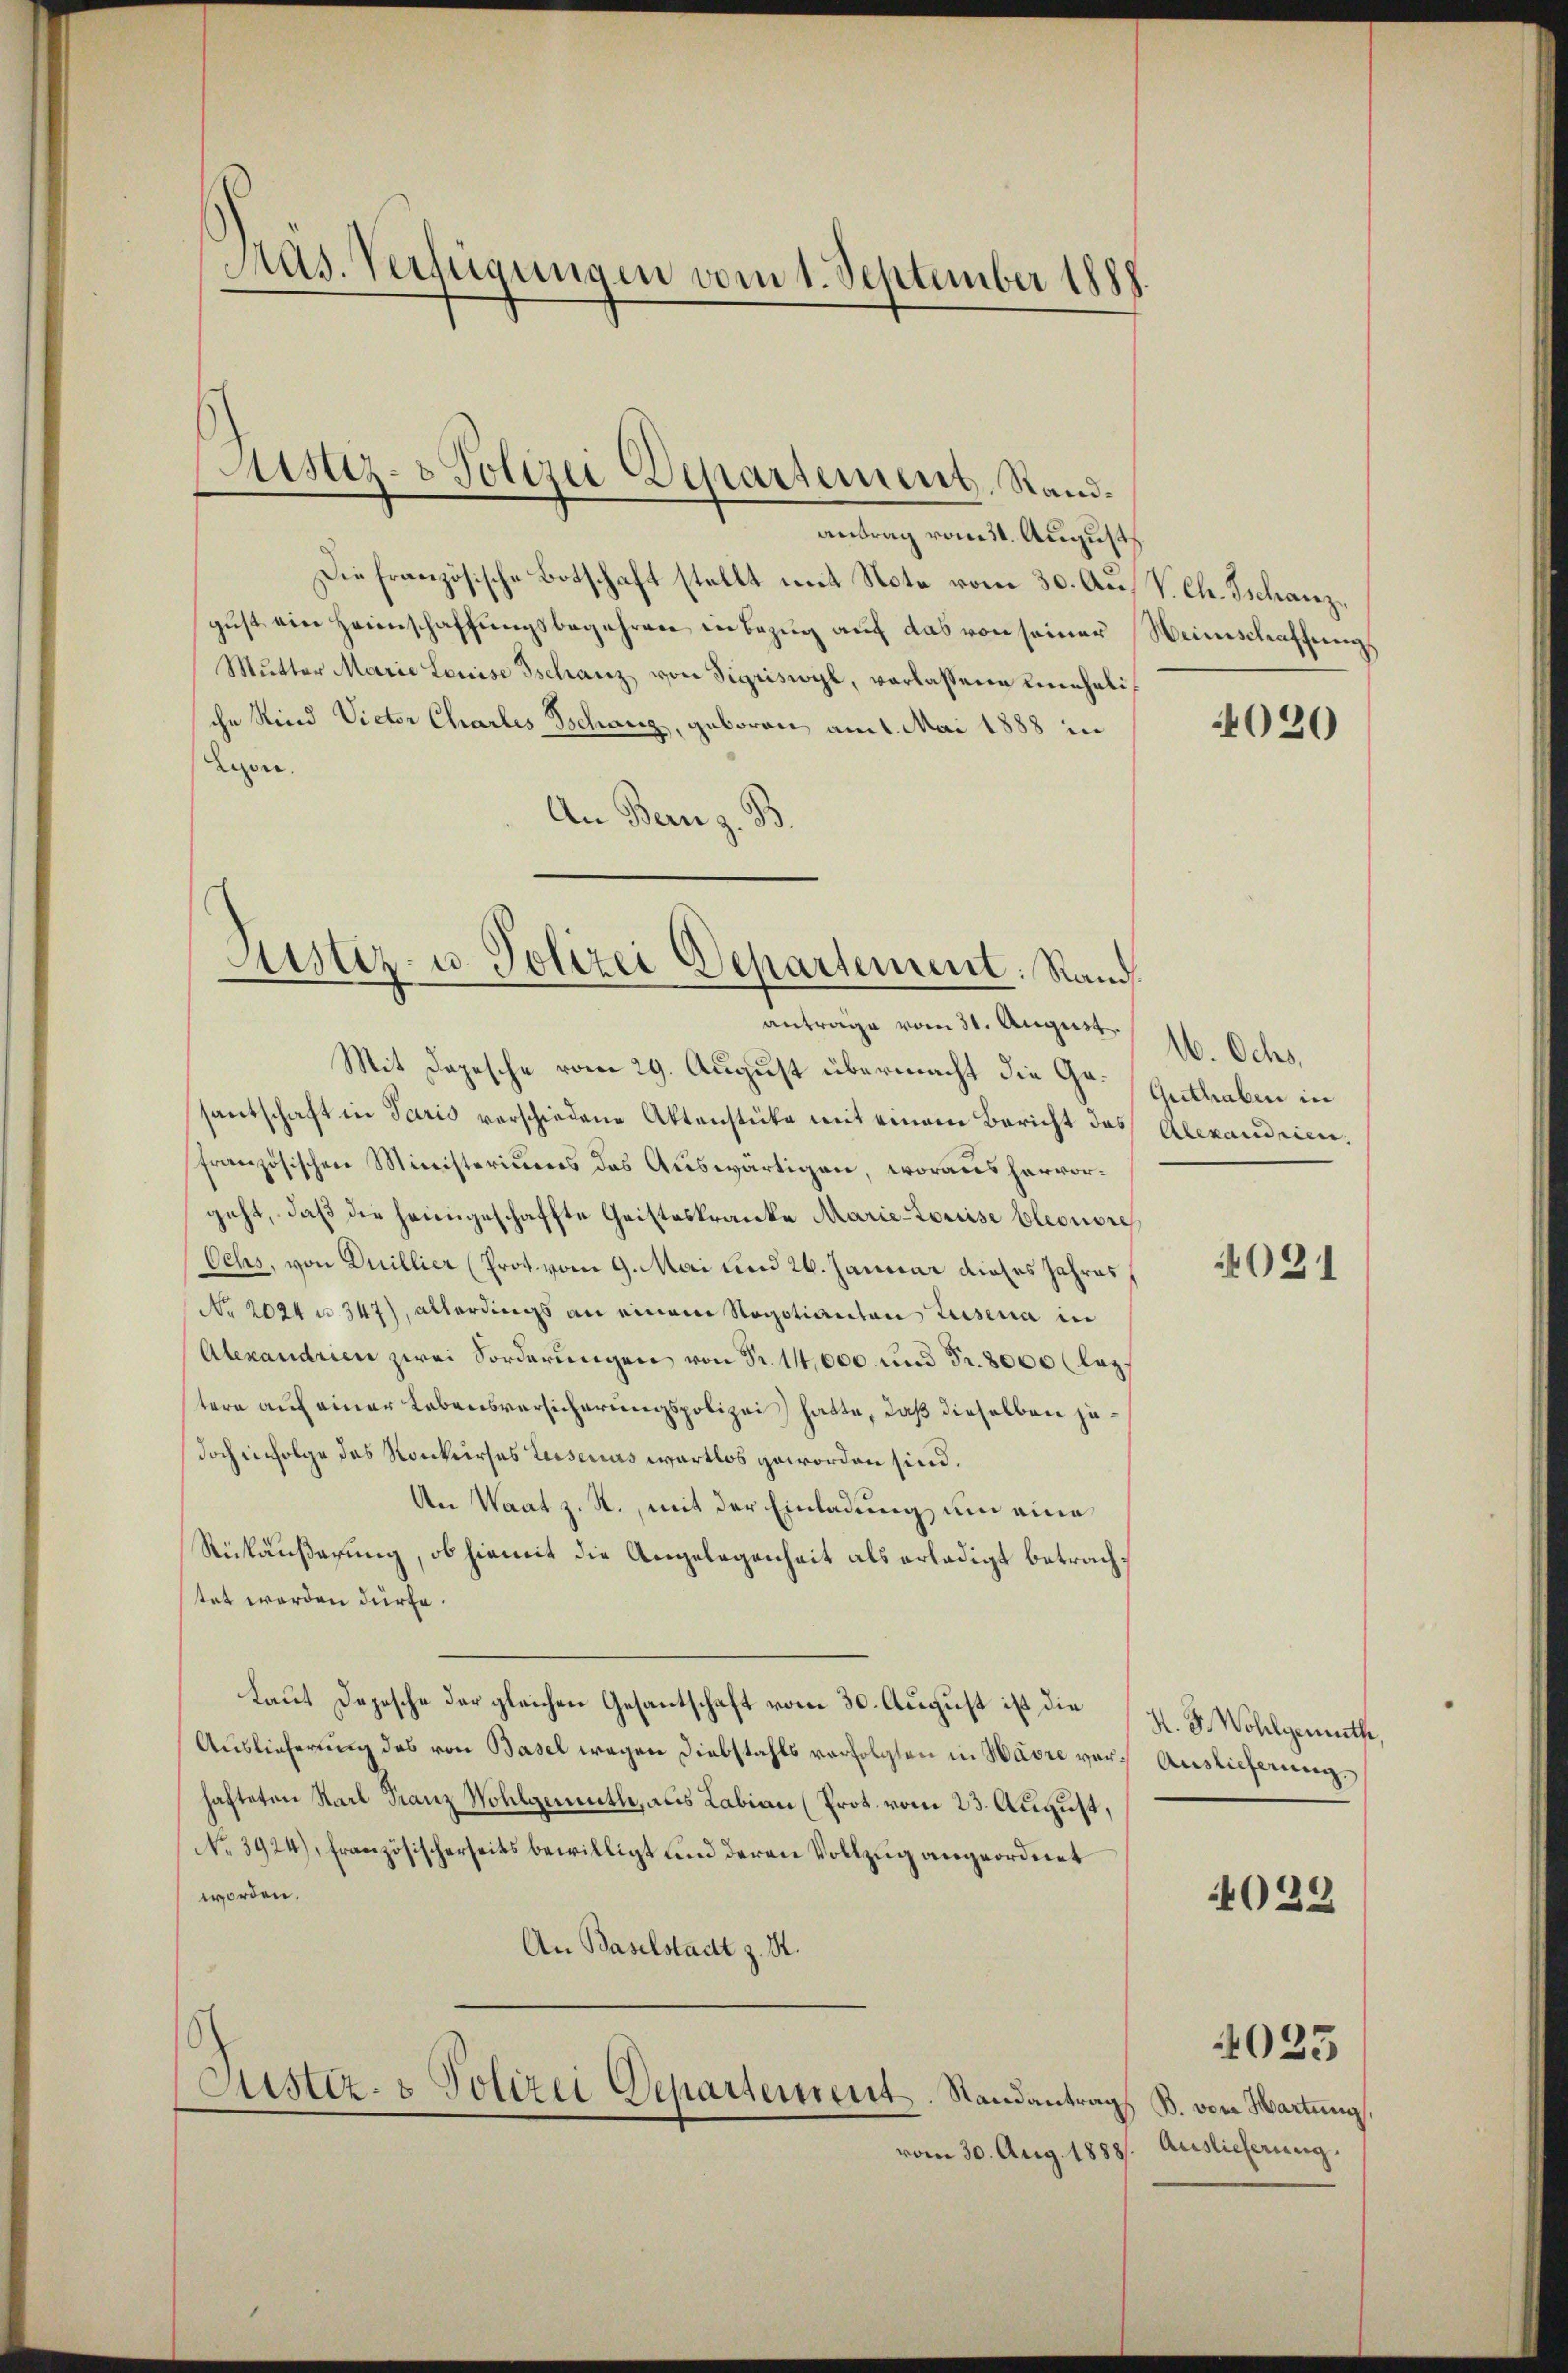
Pras. Verfügungen vom 1. September 1888.

ustiz- & Polizei Departement, Stand¬

antrag vom 31. August
Die französische Botschaft stellt mit Note vom 30. Au
gust ein Heimschaffungsbegehren in Bezug auf das von seiner
Mŭtter Marie Louise Tschanz von Sigriswyl, verlassene Lineheliche Kind Victor Chartes Schanz, geboren am 1. Mai 1888 in
Lyone.
An Bern z. B.

Justiz- u. Polizei Departement: Rand

Sistiz- & Polizei Departement. Randantrag B. von Hartung,

vom 30. Aug. 1888. Auslieferung.

antrage vom 31. August
Mit Depesche vom 29. August übermacht die Gr. Guthaben in
santschaft in Paris verschiedene Aktenstücke mit einem Bericht das
französischen Ministeriums des Auswärtigen, woraus hervorgeht, daß die heimgeschaffte Geisteskranke Marie-Louise Eleonore
Ochs, von Duillier (Prot. vom 9. Mai und 26. Januar dieses Jahres,
No 2024 u. 347), allerdings an einem Negotianton Zusenia in
Alexandrien zwei Forderungen von Fr. 14,000 und Fr. 8000 (laztere auf einer Lebensversicherungspolizei hatte, daß dieselben jedoch infolge das Konkurses Luisenas wartlos geworden sind.
An Waat z. R., mit der Einladung um eine
Rückäußerung, ob hiemit die Angelegenheit als erledigt betrachstet werden dürfe.
Laut Depesche der gleichen Gesantschaft vom 30. August ist die H. F. Wohlgemuthe,
Auslieferung des von Basel wegen Diebstahls verfolgten in Havre vor Auslieferung,
hafteten Karl Franz Wohlgemuth, aus Labian (Prot. vom 23. August,
No. 3924), Französischerseits bewilligt und deren Vollzug angeordnet
worden.
An Baselstadt z. R.

V. Ch. Tschanze
Weinschaffung

4020

W. Ochs
Alexandrien,

4021

4029

4025